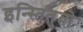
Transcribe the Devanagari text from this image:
इन्स्तितुतो